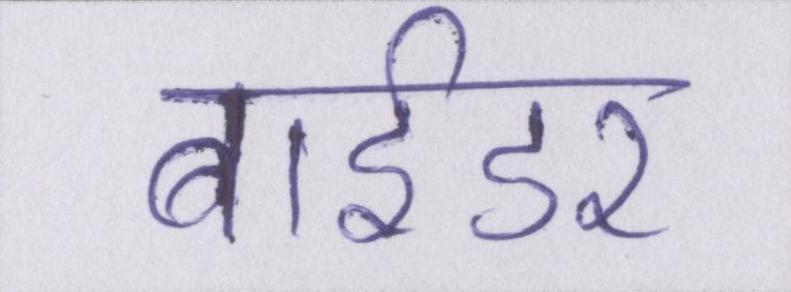
बाईडर